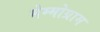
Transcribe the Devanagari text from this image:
मेम्मोग्राम